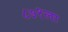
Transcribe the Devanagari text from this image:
८७१ला